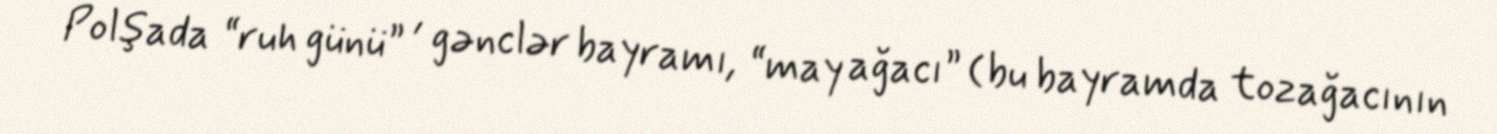
Polşada “ruh günü” , gənclər bayramı, “may ağacı” (bu bayramda tozağacının